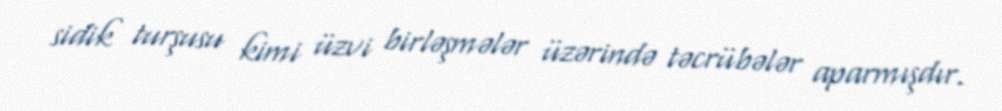
sidik turşusu kimi üzvi birləşmələr üzərində təcrübələr aparmışdır.